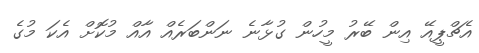
އެޗްޕީއޭ އިން ބޭރު މީހުން ގުޅާނެ ނަންބަރެއް އާއް މުކޮށް އެކަ މުގެ